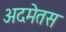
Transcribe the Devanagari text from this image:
अदमेतस